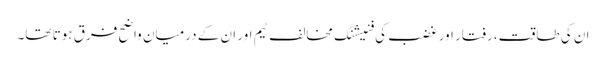
ان کی طاقت، رفتار اور غضب کی فنیشنگ مخالف ٹیم اور ان کے درمیان واضح فرق ہوتا تھا۔